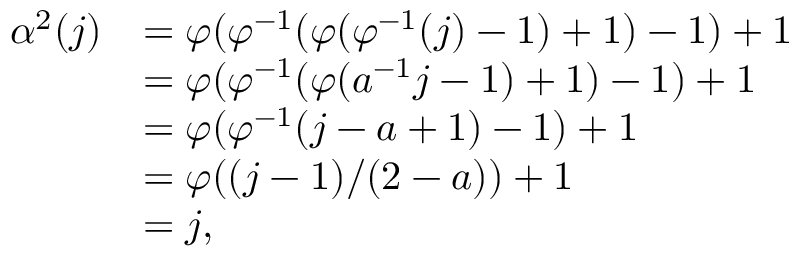
\begin{array} { r l } { \alpha ^ { 2 } ( j ) } & { = \varphi ( \varphi ^ { - 1 } ( \varphi ( \varphi ^ { - 1 } ( j ) - 1 ) + 1 ) - 1 ) + 1 } \\ & { = \varphi ( \varphi ^ { - 1 } ( \varphi ( a ^ { - 1 } j - 1 ) + 1 ) - 1 ) + 1 } \\ & { = \varphi ( \varphi ^ { - 1 } ( j - a + 1 ) - 1 ) + 1 } \\ & { = \varphi ( ( j - 1 ) / ( 2 - a ) ) + 1 } \\ & { = j , } \end{array}